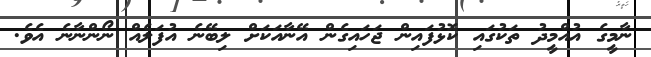
ނާމީގެ އުއްމީދު ތަކުގައި ކޮޅުފައިން ޖަހައިގެން އޭނާއަކަށް ލިބޭނެ އުފަލެއް ނޯންނާނެ އެވެ.